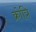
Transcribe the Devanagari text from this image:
क्रोत्रि